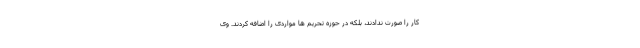
کار را صورت ندادند، بلکه در حوزه تحریم ها مواردی را اضافه کردند. وی